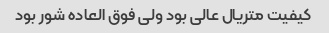
کیفیت متریال عالی بود ولی فوق العاده شور بود